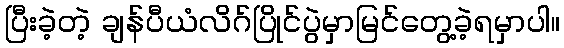
ပြီးခဲ့တဲ့ ချန်ပီယံလိဂ်ပြိုင်ပွဲမှာမြင်တွေ့ခဲ့ရမှာပါ။